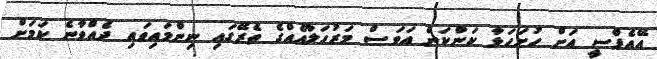
އޭއެފްސީ އަށް ހުށަހަޅާ ކަންކަން އަވަސް މަރުހަލާއެއްގެ ތެރޭގައި ނިންމައިވައި ދެއްވާނެ ކަމަށް